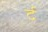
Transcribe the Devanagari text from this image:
र्द